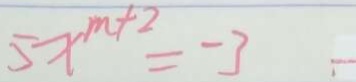
5 x ^ { m + 2 } = - 3